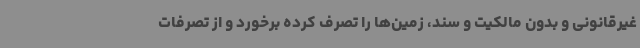
غیرقانونی و بدون مالکیت و سند، زمین‌ها را تصرف کرده برخورد و از تصرفات